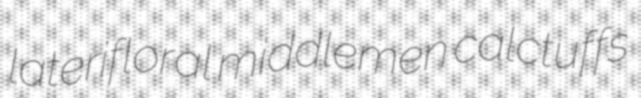
laterifloral middlemen calctuffs